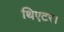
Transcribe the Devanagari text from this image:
थिएटर।